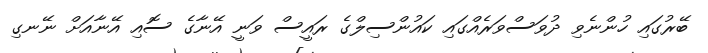
ބޭރުގައި ހުންނެވި ދުވަސްވަރެއްގައި ކައުންސިލްގެ ރައީސް ވަނީ އޭނާގެ ސޮއި އޭނާއަށް ނޭނގި